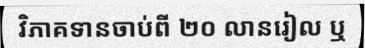
វិភាគទានចាប់ពី ២០ លានរៀល ឬ